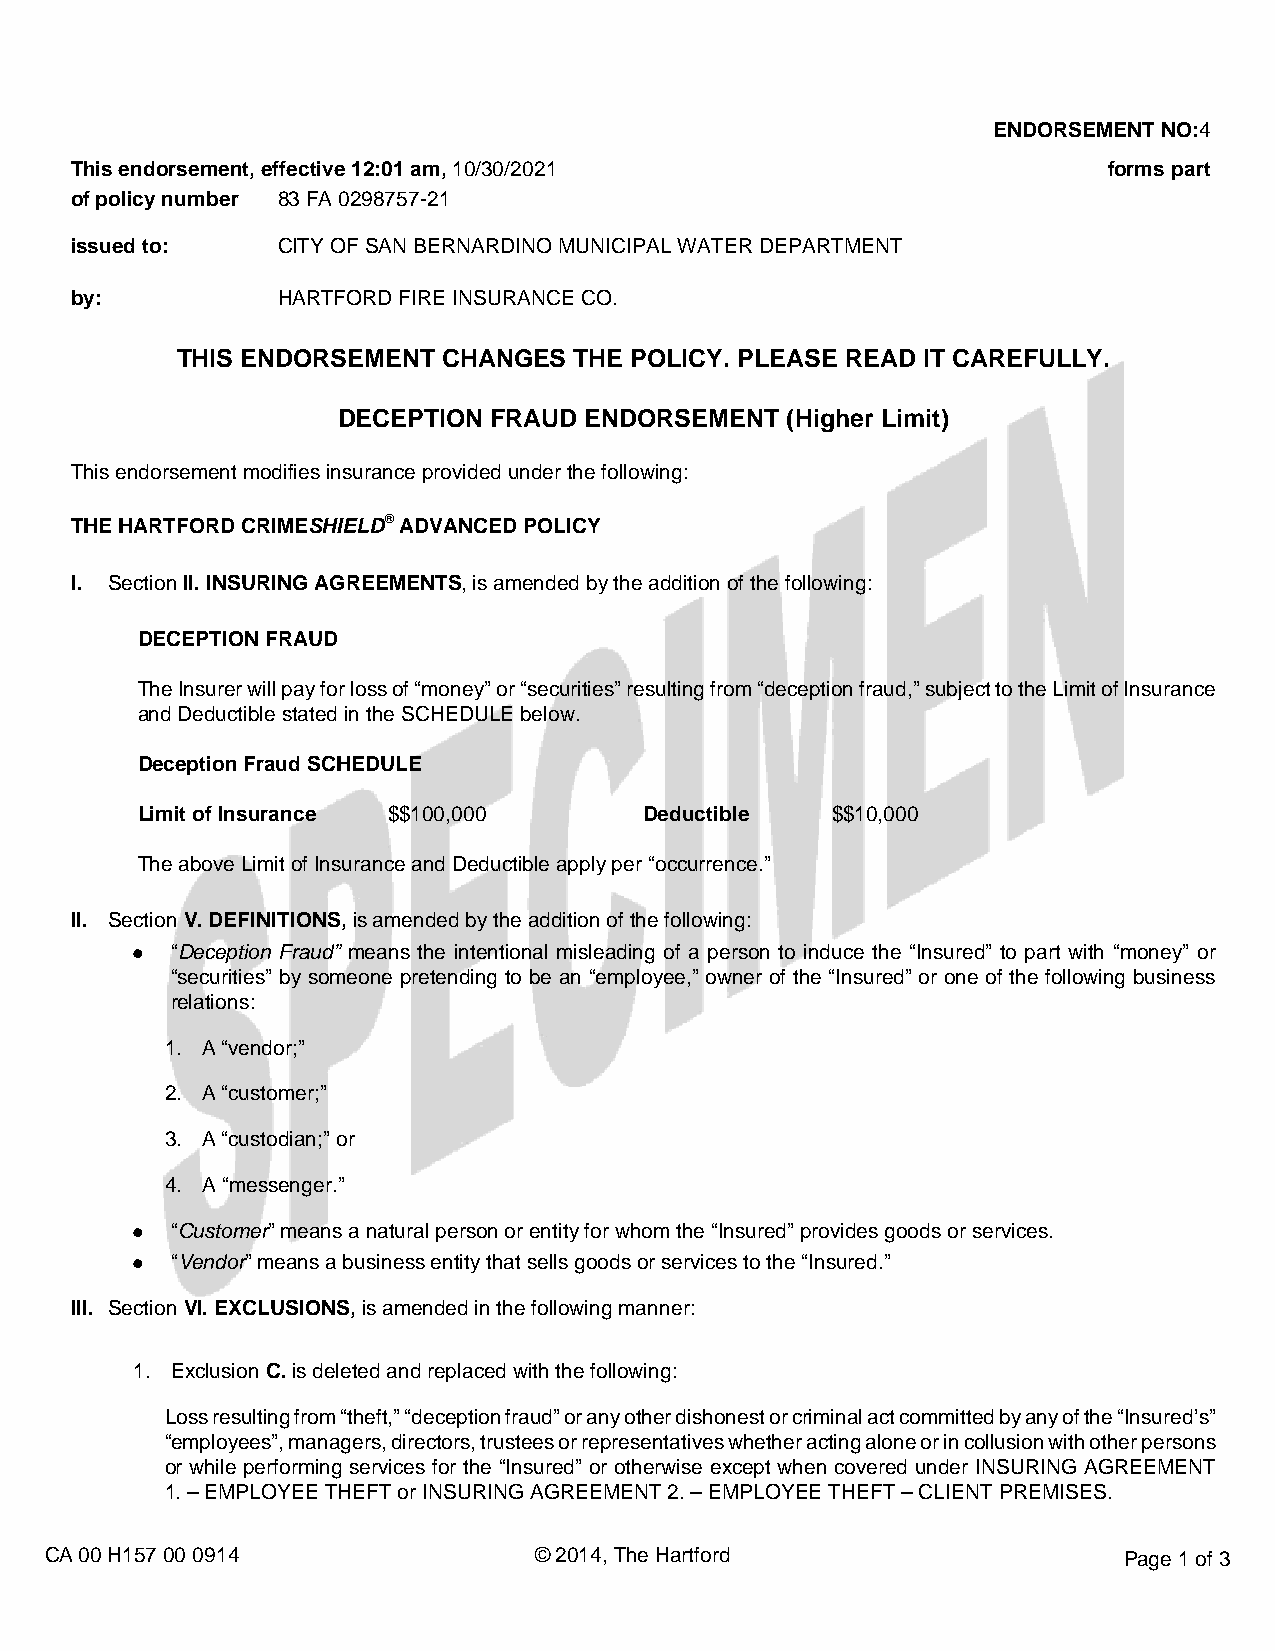
ENDORSEMENT NO:4
 This endorsement, effective 12:01 am, 10/30/2021                    forms part
 of policy number 83 FA 0298757-21
 issued to:   CITY OF SAN BERNARDINO MUNICIPAL WATER DEPARTMENT
 by:          HARTFORD FIRE INSURANCE CO.
 THIS ENDORSEMENT CHANGES  THE POLICY. PLEASE READ IT CAREFULLY.
 DECEPTION FRAUD  ENDORSEMENT  (Higher Limit)
 This endorsement modifies insurance provided under the following:
 THE HARTFORD CRIMESHIELD® ADVANCED POLICY
 I. Section II. INSURING AGREEMENTS, is amended by the addition of the following:
 DECEPTION FRAUD
 The Insurer will pay for loss of “money” or “securities” resulting from “deception fraud,” subject to the Limit of Insurance
 and Deductible stated in the SCHEDULE below.
 Deception Fraud SCHEDULE
 Limit of Insurance $$100,000      Deductible  $$10,000
 The above Limit of Insurance and Deductible apply per “occurrence.”
 II. Section V. DEFINITIONS, is amended by the addition of the following:
 ● “Deception Fraud” means the intentional misleading of a person to induce the “Insured” to part with “money” or
 “securities” by someone pretending to be an “employee,” owner of the “Insured” or one of the following business
 relations:
 1. A “vendor;”
 2. A “customer;”
 3. A “custodian;” or
 4. A “messenger.”
 ● “Customer” means a natural person or entity for whom the “Insured” provides goods or services.
 ● “Vendor” means a business entity that sells goods or services to the “Insured.”
 III. Section VI. EXCLUSIONS, is amended in the following manner:
 1. Exclusion C. is deleted and replaced with the following:
 Loss resulting from “theft,” “deception fraud” or any other dishonest or criminal act committed by any of the “Insured’s”
 “employees”, managers, directors, trustees or representatives whether acting alone or in collusion with other persons
 or while performing services for the “Insured” or otherwise except when covered under INSURING AGREEMENT
 1. – EMPLOYEE THEFT or INSURING AGREEMENT 2. – EMPLOYEE THEFT – CLIENT PREMISES.
 CA 00 H157 00 0914              © 2014, The Hartford                   Page 1 of 3